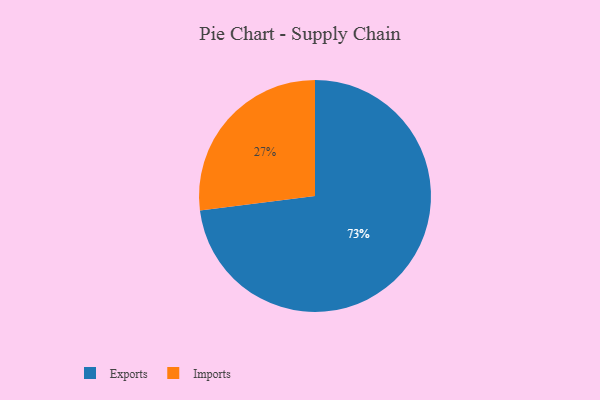
{"axis": {"x": "Category", "y": "Percentage"}, "legend": ["Exports", "Imports"], "data": [{"x": "Exports", "y": 73, "type": "Exports"}, {"x": "Imports", "y": 27, "type": "Imports"}]}